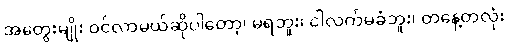
အတွေးမျိုး ဝင်လာမယ်ဆိုပါတော့၊ မရဘူး၊ ငါလက်မခံဘူး၊ တနေ့တလုံး